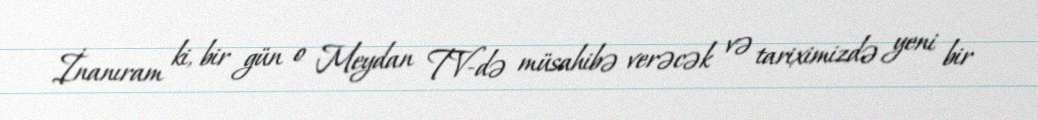
İnanıram ki, bir gün o Meydan TV-də müsahibə verəcək və tariximizdə yeni bir